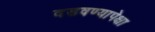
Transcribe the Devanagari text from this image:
दडवण्यापेक्षा